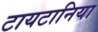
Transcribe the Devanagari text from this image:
टायटानिया